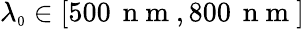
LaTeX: \lambda_{\scriptscriptstyle 0}\in\left[500\, \mathrm{~n~m~},800\, \mathrm{~n~m~}\right]